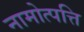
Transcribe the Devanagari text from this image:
नामोत्पत्ति